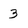
Character: 3